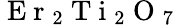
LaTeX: \mathrm{~E~r~}_{2}\mathrm{~T~i~}_{2}\mathrm{~O~}_{7}